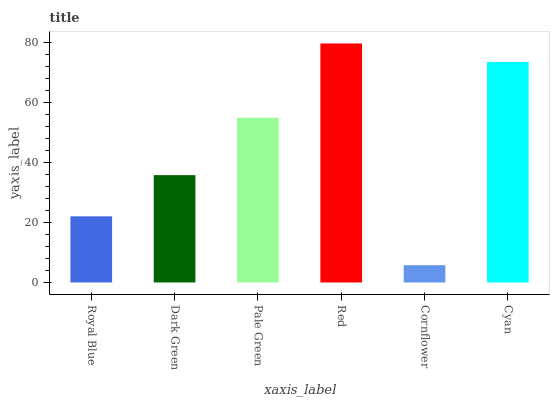
| xaxis_label | bars |
 | --- | --- |
 | Royal Blue | 22 |
 | Dark Green | 35.8 |
 | Pale Green | 54.9 |
 | Red | 79.6 |
 | Cornflower | 5.75 |
 | Cyan | 73.5 |